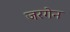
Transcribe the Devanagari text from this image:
जरगेन